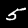
Label: 5